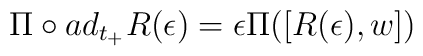
\Pi \circ ad_{t_+}R(\epsilon )=\epsilon \Pi ([R(\epsilon ),w])